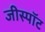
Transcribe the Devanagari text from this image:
जीस्पॉट